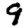
Digit: 9